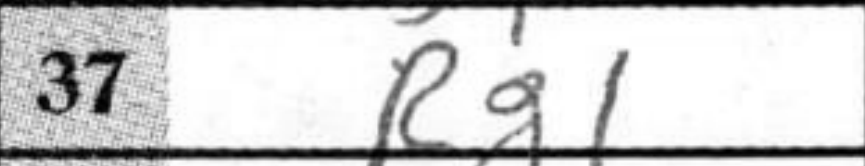
Transcription: Rg1